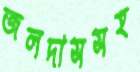
জলদাসসহ